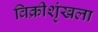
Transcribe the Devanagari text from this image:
विक्रीशृंखला